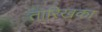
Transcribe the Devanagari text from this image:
तारिखका